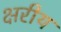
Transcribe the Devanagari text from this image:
क्षरीय